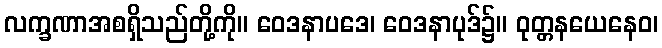
လက္ခဏာအစရှိသည်တို့ကို။ ဝေဒနာပဒေ၊ ဝေဒနာပုဒ်၌။ ဝုတ္တနယေနေဝ၊